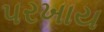
પરખાય